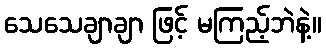
သေသေချာချာ ဖြင့် မကြည့်ဘဲနဲ့။